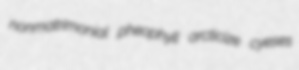
nonmatrimonial pheophyll arcticize cyeses